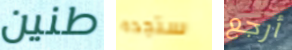
طنين ستجده أرجع